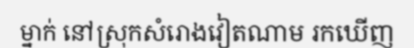
ម្នាក់ នៅស្រុកសំរោងវៀតណាម រកឃើញ